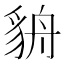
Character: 貈